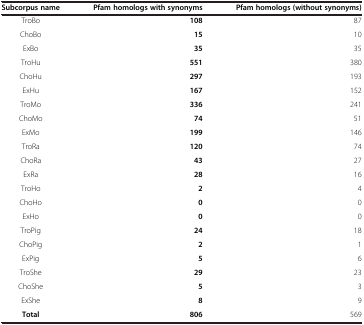
| Subcorpus name | Pfam homologs with synonyms | Pfam homologs (without synonyms) |
 | --- | --- | --- |
 | TroBo | 108 | 87 |
 | ChoBo | 15 | 10 |
 | ExBo | 35 | 35 |
 | TroHu | 551 | 380 |
 | ChoHu | 297 | 193 |
 | ExHu | 167 | 152 |
 | TroMo | 336 | 241 |
 | ChoMo | 74 | 51 |
 | ExMo | 199 | 146 |
 | TroRa | 120 | 74 |
 | ChoRa | 43 | 27 |
 | ExRa | 28 | 16 |
 | TroHo | 2 | 4 |
 | ChoHo | 0 | 0 |
 | ExHo | 0 | 0 |
 | TroPig | 24 | 18 |
 | ChoPig | 2 | 1 |
 | ExPig | 5 | 6 |
 | TroShe | 29 | 23 |
 | ChoShe | 5 | 3 |
 | ExShe | 8 | 9 |
 | Total | 806 | 569 |